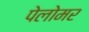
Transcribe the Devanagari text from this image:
पेलोमर